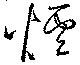
煙